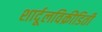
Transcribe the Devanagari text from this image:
शार्दूलविक्रीडिती